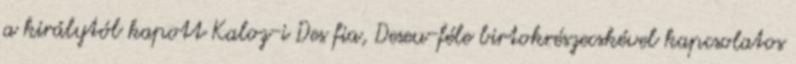
a királytól kapott Kaloz-i Des fia, Deseu-féle birtokrészecskével kapcsolatos